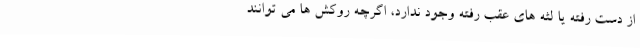
از دست رفته یا لثه های عقب رفته وجود ندارد، اگرچه روکش ها می توانند